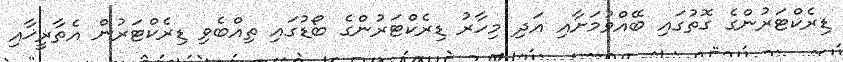
ޑިރެކްޓަރުންގެ ގޮތުގައި ބޭއްވުމަށާއި އަދި މިހާރު ޑިރެކްޓަރުންގެ ބޯޑުގައި ތިއްބެވި ޑިރެކްޓަރުން އެތާރީޚާއި